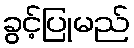
ခွင့်ပြုမည်